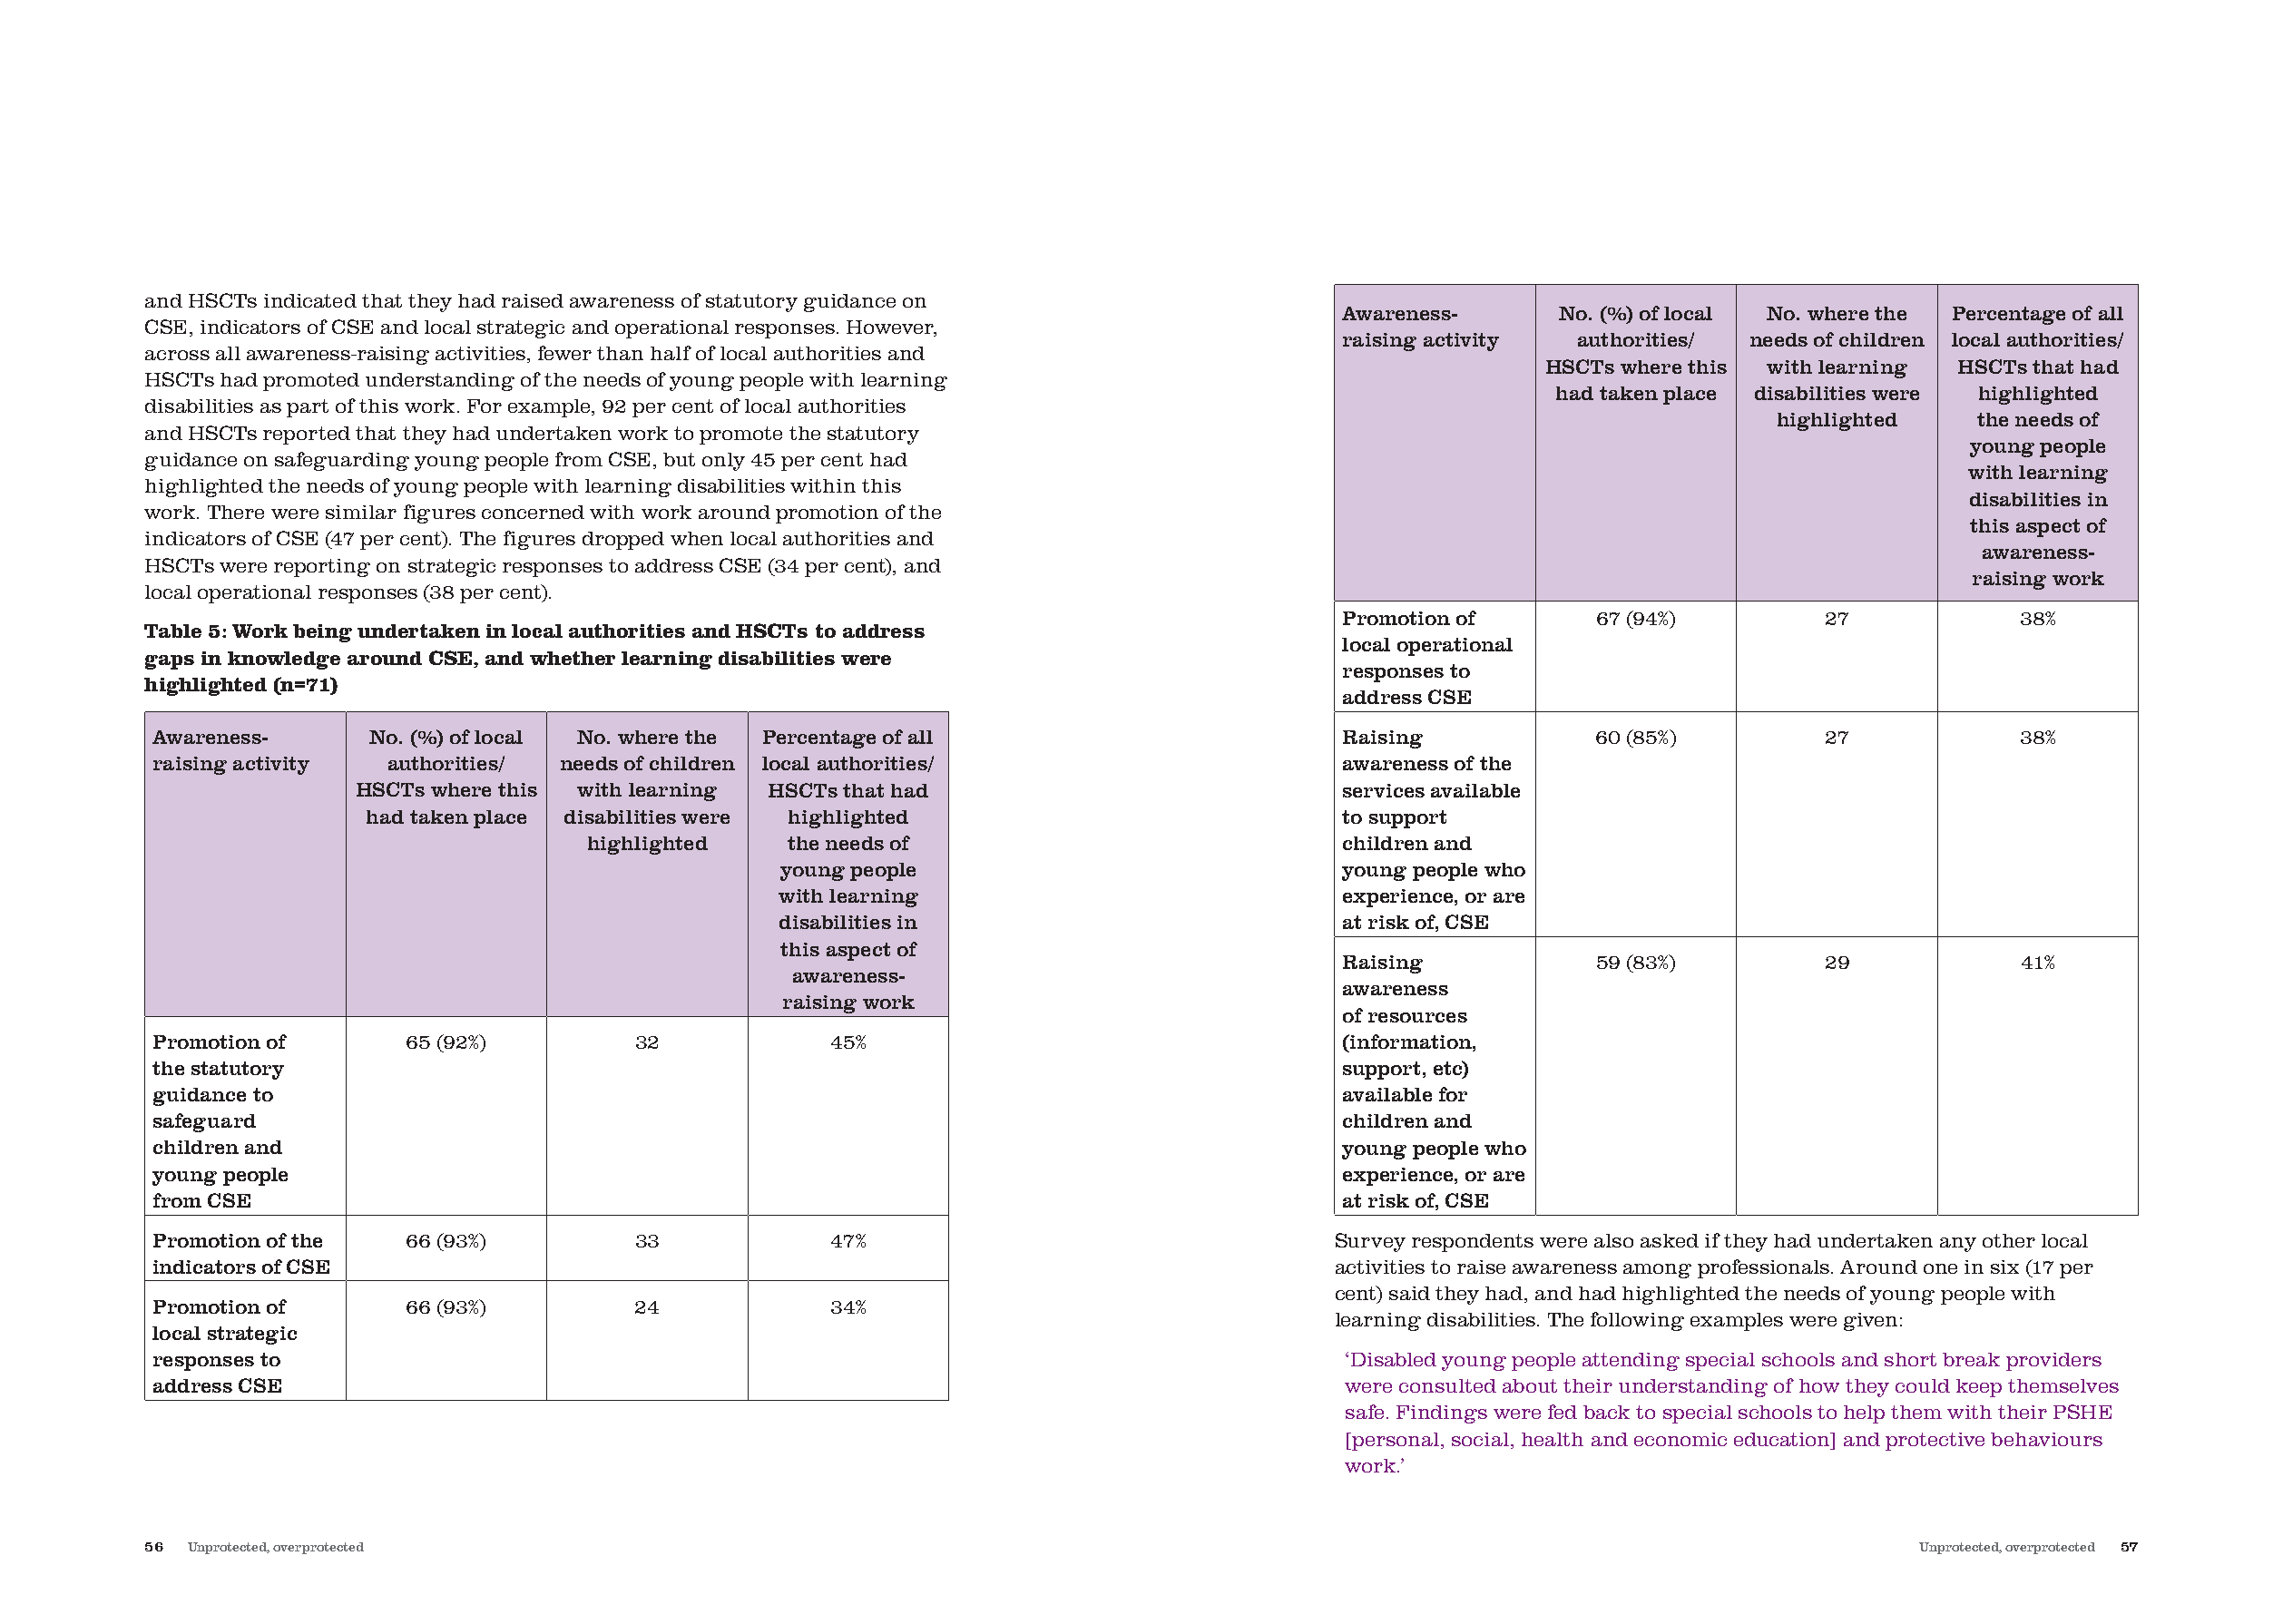
and HSCTs indicated that they had raised awareness of statutory guidance on
 Awareness-      No. (%) of local No. where the Percentage of all
 CSE, indicators of CSE and local strategic and operational responses. However,
 raising activity authorities/ needs of children local authorities/
 across all awareness-raising activities, fewer than half of local authorities and
 HSCTs where this with learning HSCTs that had
 HSCTs had promoted understanding of the needs of young people with learning
 had taken place disabilities were highlighted
 disabilities as part of this work. For example, 92 per cent of local authorities
 highlighted   the needs of
 and HSCTs reported that they had undertaken work to promote the statutory
 young people
 guidance on safeguarding young people from CSE, but only 45 per cent had
 with learning
 highlighted the needs of young people with learning disabilities within this
 disabilities in
 work. There were similar figures concerned with work around promotion of the
 this aspect of
 indicators of CSE (47 per cent). The figures dropped when local authorities and
 awareness-
 HSCTs were reporting on strategic responses to address CSE (34 per cent), and
 raising work
 local operational responses (38 per cent).
 Promotion of      67 (94%)         27            38%
 Table 5: Work being undertaken in local authorities and HSCTs to address
 local operational
 gaps in knowledge around CSE, and whether learning disabilities were
 responses to
 highlighted (n=71)
 address CSE
 Awareness-      No. (%) of local No. where the Percentage of all                       Raising           60 (85%)         27            38%
 raising activity authorities/ needs of children local authorities/                     awareness of the
 HSCTs where this with learning HSCTs that had                           services available
 had taken place disabilities were highlighted                          to support
 highlighted   the needs of                             children and
 young people                             young people who
 with learning                            experience, or are
 disabilities in                          at risk of, CSE
 this aspect of
 Raising           59 (83%)         29            41%
 awareness-
 awareness
 raising work
 of resources
 Promotion of       65 (92%)        32             45%                                  (information,
 the statutory                                                                          support, etc)
 guidance to                                                                            available for
 safeguard                                                                              children and
 children and                                                                           young people who
 young people                                                                           experience, or are
 from CSE                                                                               at risk of, CSE
 Promotion of the   66 (93%)        33             47%                                 Survey respondents were also asked if they had undertaken any other local
 indicators of CSE                                                                     activities to raise awareness among professionals. Around one in six (17 per
 cent) said they had, and had highlighted the needs of young people with
 Promotion of       66 (93%)        24             34%
 learning disabilities. The following examples were given:
 local strategic
 responses to                                                                           ‘Disabled young people attending special schools and short break providers
 address CSE                                                                            were consulted about their understanding of how they could keep themselves
 safe. Findings were fed back to special schools to help them with their PSHE
 [personal, social, health and economic education] and protective behaviours
 work.’
 56 Unprotected, overprotected                                                                                                    Unprotected, overprotected 57